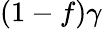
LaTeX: (1-f)\gamma